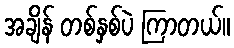
အချိန် တစ်နှစ်ပဲ ကြာတယ်။